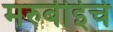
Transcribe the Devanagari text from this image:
मरुबीईचे